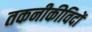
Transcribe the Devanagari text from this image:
तकनीकीविदों